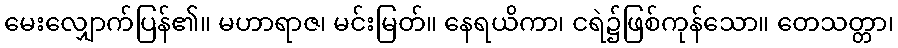
မေးလျှောက်ပြန်၏။ မဟာရာဇ၊ မင်းမြတ်။ နေရယိကာ၊ ငရဲ၌ဖြစ်ကုန်သော။ တေသတ္တာ၊